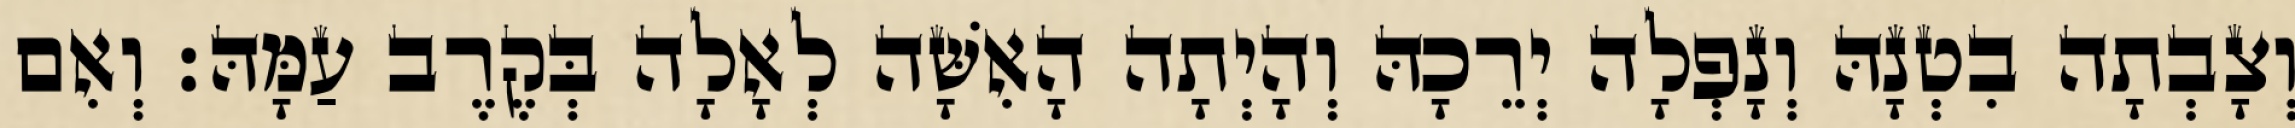
וְצָבְתָה בִטְנָהּ וְנָפְלָה יְרֵכָהּ וְהָיְתָה הָאִשָּׁה לְאָלָה בְּקֶרֶב עַמָּהּ׃ וְאִם